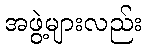
အဖွဲ့များလည်း